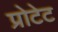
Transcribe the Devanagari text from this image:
प्रोटेट